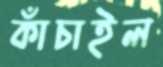
কাঁচাইল